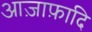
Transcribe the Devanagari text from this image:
आज़ाफ़ादि